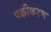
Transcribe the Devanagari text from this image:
पक्कीकरण